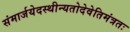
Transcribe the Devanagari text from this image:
संमार्जयेदस्थीन्यतोदेवेतिमंत्रतः